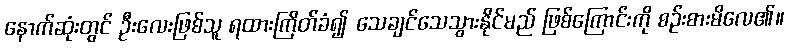
နောက်ဆုံးတွင် ဦးလေးဖြစ်သူ ရထားကြိတ်ခံ၍ သေချင်သေသွားနိုင်မည် ဖြစ်ကြောင်းကို စဉ်းစားမိလေ၏။